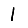
Digit: 1